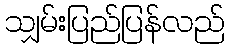
သျှမ်းပြည်ပြန်လည်